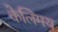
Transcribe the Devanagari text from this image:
केलिमय